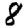
Digit: 8